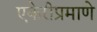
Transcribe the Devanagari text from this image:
एकेरीप्रमाणे